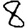
Digit: 8